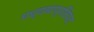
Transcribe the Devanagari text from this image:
मध्यमाप्रतिपद